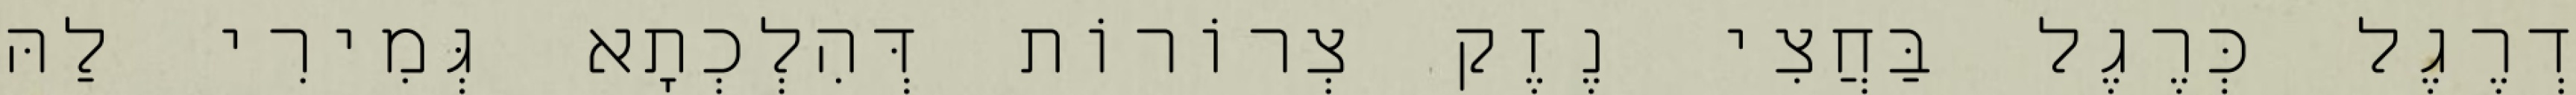
דְרֶגֶל כְּרֶגֶל בַּחֲצִי נֶזֶק צְרוֹרוֹת דְּהִלְכְתָא גְּמִירִי לַהּ